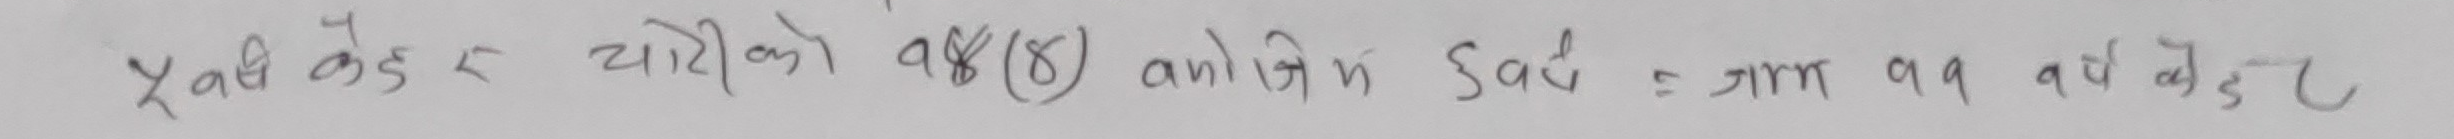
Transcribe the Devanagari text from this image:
यस केड र चोरीको १०(८) अन्तिम साख = १२४ ११ वर्ष देखि ८